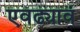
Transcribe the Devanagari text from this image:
एवढ्यावं